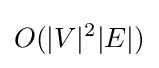
O(|V|^{2}|E|)